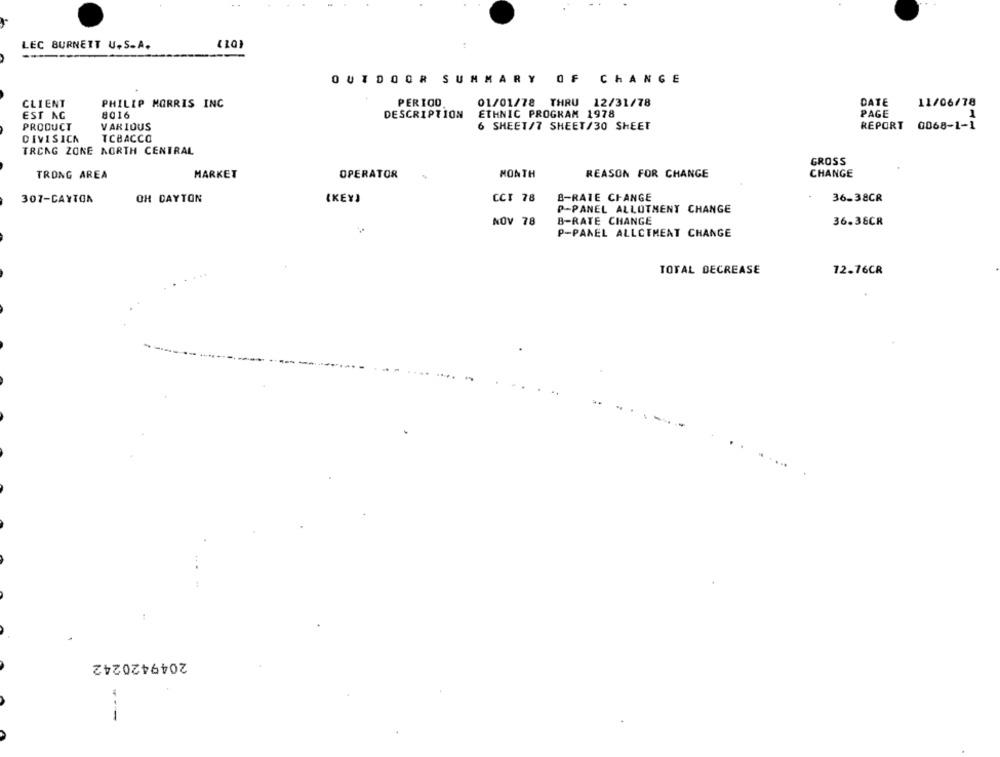
..
LEC BURNETT U. S.A.
OUTDOOR SUMMARY
OF CHANGE
CLIENT
PHILIP MORRIS INC
PERIOD
01/01/78 THRU 12/31/78
DATE
11/06/78
DESCRIPTION
ETHNIC PROGRAM 1978
PAGE
1
EST NG
8016
PRODUCT
VARIOUS
6 SHEET/7 SHEET/30 SHEET
REPORT
0068-1-1
DIVISICN
TCBACCO
TRONG ZONE NORTH CENTRAL
GROSS
TRONG AREA
MARKET
OPERATOR
MONTH
REASON FOR CHANGE
CHANGE
OH DAYTON
CCT 78
B-RATE CHANGE
36-38CR
307-CAYTON
{KEY)
P-PANEL ALLOTMENT CHANGE
B-RATE CHANGE
NOV 78
36.38CR
P-PANEL ALLCTMEAT CHANGE
TOTAL DECREASE
72.76CR
2049420242